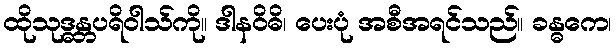
ထိုသုဒ္ဓန္တပရိဝါသ်ကို။ ဒါနဝိဓိ၊ ပေးပုံ အစီအရင်သည်။ ခန္ဓကေ၊